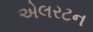
એલરટન